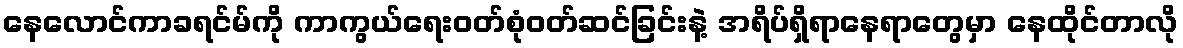
နေလောင်ကာခရင်မ်ကို ကာကွယ်ရေးဝတ်စုံဝတ်ဆင်ခြင်းနဲ့ အရိပ်ရှိရာနေရာတွေမှာ နေထိုင်တာလို